Indian journal of veterinary science and animal husbandry - Volumes 15-17, 1948-1951
Year: 1948
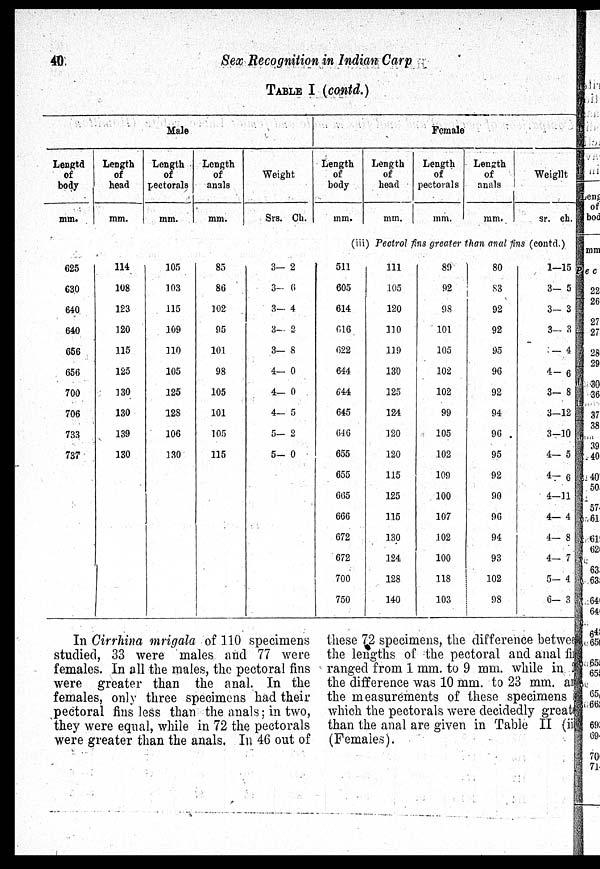
40
Sex Recognition in Indian Carp
TABLE I (contd.)
Male
Lengtd
of
body
mm.
Length
of
head
mm.
Length
of
pectorals
mm.
Length
of
anals
mm.
Weight
Srs. Oh.
Female
Length
of
body
mm.
Length
of
head
mm.
Length
of
pectorals
mm.
Length
of
anals
mm.
Weight
sr. ch.
(iii) Pectrol fins greater than anal fins (contd.)
625
630
640
640
656
656
700
706
733
737
114
108
123
120
115
125
130
130
139
130
105
103
115
109
110
105
125
128
106
130
85
86
102
95
101
98
105
101
105
115
3— 2
3— 6
3— 4
3— 2
3— 8
4— 0
4— 0
4— 5
5— 2
5— 0
511
605
614
616
622
644
644
645
646
655
655
665
666
672
672
700
750
111
105
120
110
119
130
125
124
120
120
115
125
115
130
124
128
140
89
92
98
101
105
102
102
99
105
102
109
100
107
102
100
118
103
80
83
92
92
95
96
92
94
96
95
92
90
96
94
93
102
98
1—15
3— 5
3— 3
3— 3
— 4
4— 6
3— 8
3—12
3—10
4— 5
4— 6
4—11
4— 4
4— 8
4— 7
5— 4
6— 3
In Cirrhina mrigala of 110 specimens
studied, 33 were males and 77 were
females. In all the males, the pectoral fins
were greater than the anal. In the
females, only three specimens had their
pectoral fins less than the anals; in two,
they were equal, while in 72 the pectorals
were greater than the anals, In 46 out of
these 72 specimens, the difference between
the lengths of the pectoral and anal fin
ranged from 1 mm. to 9 mm. while in 2
the difference was 10 mm. to 23 mm. anal
the measurements of these specimens is
which the pectorals were decidedly greater
than the anal are given in Table II (iii)
(Females).